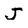
Character: J